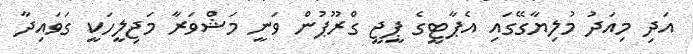
އަދި މިއަދު މުލިޔާގޭގައި އެޕާޓީގެ ޕީޖީ ގްރޫޕުން ވަނީ މަޝްވަރާ މަޖިލީހަކީ ގަވައިދާ